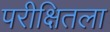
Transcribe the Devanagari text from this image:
परीक्षितला